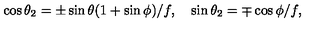
\cos { \theta _ { 2 } } = \pm \sin { \theta } ( 1 + \sin { \phi } ) / f , \quad \sin { \theta _ { 2 } } = \mp \cos { \phi } / f ,